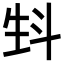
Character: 𤯘